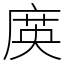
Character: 㢍